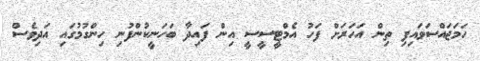
ހަމަޖައްސަވައިފި ތިން އަހަރަށް ފަހު އެމްޓީސީސީ އިން ފައިދާ ބަހަނީކުންފުނި ހިންގުމުގައި އަދިވެސް